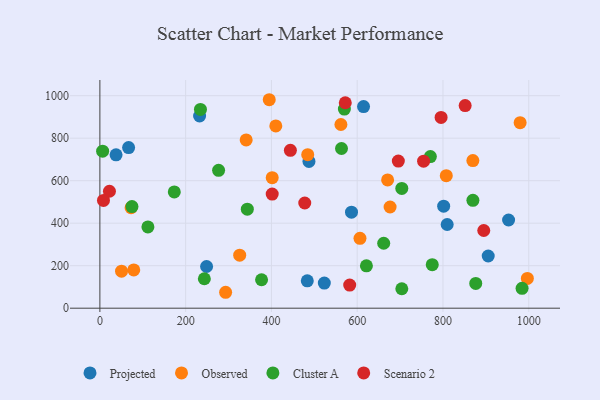
{"axis": {"x": "Distance", "y": "Demand"}, "legend": ["Cluster A", "Observed", "Projected", "Scenario 2"], "data": [{"x": "586.7", "y": 451.6, "type": "Projected"}, {"x": "248.8", "y": 196.1, "type": "Projected"}, {"x": "232.5", "y": 904.3, "type": "Projected"}, {"x": "905.5", "y": 245.5, "type": "Projected"}, {"x": "523.3", "y": 118.4, "type": "Projected"}, {"x": "809.8", "y": 393.8, "type": "Projected"}, {"x": "37.7", "y": 721.5, "type": "Projected"}, {"x": "953.0", "y": 415.1, "type": "Projected"}, {"x": "487.5", "y": 690.6, "type": "Projected"}, {"x": "801.6", "y": 480.0, "type": "Projected"}, {"x": "614.8", "y": 948.7, "type": "Projected"}, {"x": "67.0", "y": 755.7, "type": "Projected"}, {"x": "483.6", "y": 129.0, "type": "Projected"}, {"x": "484.6", "y": 722.6, "type": "Observed"}, {"x": "979.9", "y": 872.9, "type": "Observed"}, {"x": "562.0", "y": 864.4, "type": "Observed"}, {"x": "79.0", "y": 179.9, "type": "Observed"}, {"x": "670.9", "y": 603.7, "type": "Observed"}, {"x": "394.9", "y": 981.0, "type": "Observed"}, {"x": "341.1", "y": 792.0, "type": "Observed"}, {"x": "676.7", "y": 476.3, "type": "Observed"}, {"x": "606.5", "y": 328.7, "type": "Observed"}, {"x": "293.2", "y": 74.9, "type": "Observed"}, {"x": "807.7", "y": 623.7, "type": "Observed"}, {"x": "72.8", "y": 472.8, "type": "Observed"}, {"x": "410.2", "y": 857.5, "type": "Observed"}, {"x": "869.7", "y": 694.8, "type": "Observed"}, {"x": "50.5", "y": 174.3, "type": "Observed"}, {"x": "326.0", "y": 249.7, "type": "Observed"}, {"x": "401.8", "y": 614.3, "type": "Observed"}, {"x": "996.8", "y": 139.9, "type": "Observed"}, {"x": "74.8", "y": 478.4, "type": "Cluster A"}, {"x": "112.0", "y": 382.5, "type": "Cluster A"}, {"x": "173.5", "y": 547.2, "type": "Cluster A"}, {"x": "621.5", "y": 199.5, "type": "Cluster A"}, {"x": "243.6", "y": 138.5, "type": "Cluster A"}, {"x": "704.0", "y": 91.6, "type": "Cluster A"}, {"x": "869.8", "y": 507.6, "type": "Cluster A"}, {"x": "984.4", "y": 93.5, "type": "Cluster A"}, {"x": "234.5", "y": 935.4, "type": "Cluster A"}, {"x": "775.0", "y": 205.0, "type": "Cluster A"}, {"x": "770.6", "y": 713.7, "type": "Cluster A"}, {"x": "570.1", "y": 937.1, "type": "Cluster A"}, {"x": "276.8", "y": 648.8, "type": "Cluster A"}, {"x": "704.0", "y": 563.4, "type": "Cluster A"}, {"x": "876.4", "y": 116.5, "type": "Cluster A"}, {"x": "343.8", "y": 465.9, "type": "Cluster A"}, {"x": "661.8", "y": 305.6, "type": "Cluster A"}, {"x": "563.4", "y": 751.4, "type": "Cluster A"}, {"x": "377.0", "y": 133.8, "type": "Cluster A"}, {"x": "6.4", "y": 739.1, "type": "Cluster A"}, {"x": "851.7", "y": 953.7, "type": "Scenario 2"}, {"x": "22.3", "y": 550.2, "type": "Scenario 2"}, {"x": "582.5", "y": 109.0, "type": "Scenario 2"}, {"x": "8.4", "y": 507.0, "type": "Scenario 2"}, {"x": "477.7", "y": 495.0, "type": "Scenario 2"}, {"x": "401.8", "y": 537.1, "type": "Scenario 2"}, {"x": "572.2", "y": 966.7, "type": "Scenario 2"}, {"x": "695.9", "y": 692.1, "type": "Scenario 2"}, {"x": "795.6", "y": 897.8, "type": "Scenario 2"}, {"x": "444.2", "y": 742.9, "type": "Scenario 2"}, {"x": "754.8", "y": 691.8, "type": "Scenario 2"}, {"x": "895.1", "y": 365.5, "type": "Scenario 2"}]}